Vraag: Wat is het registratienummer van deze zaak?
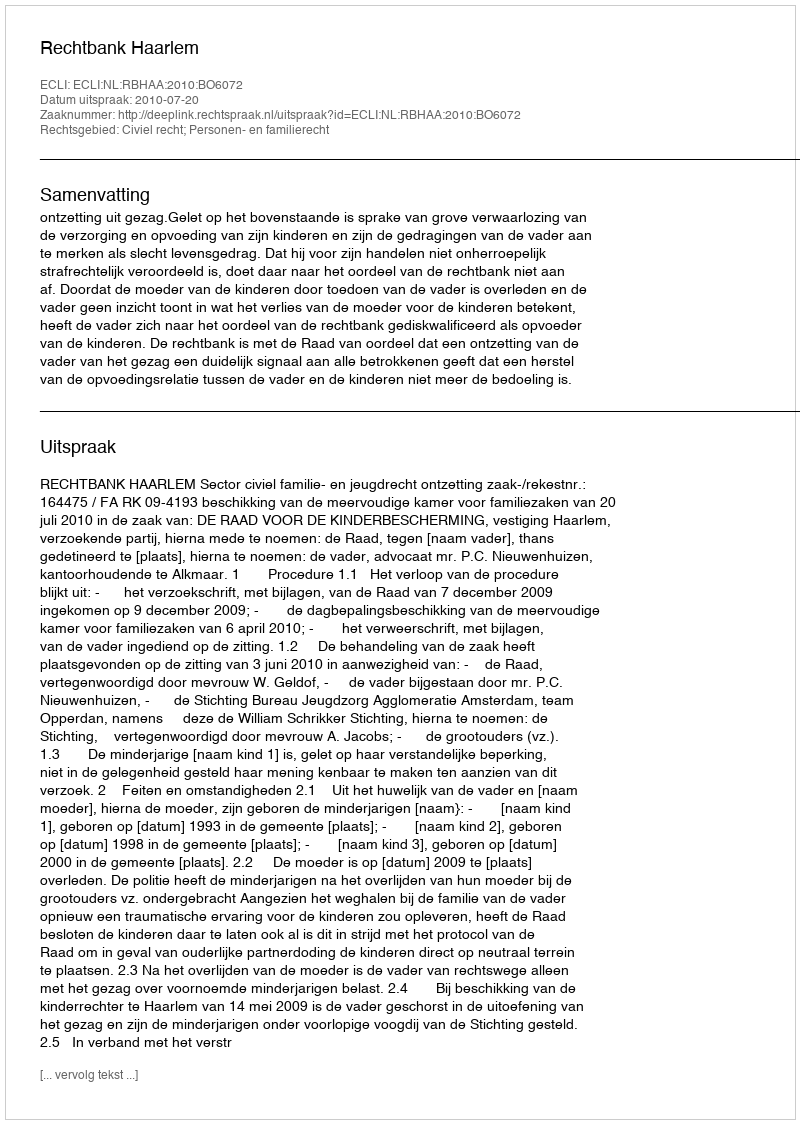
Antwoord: http://deeplink.rechtspraak.nl/uitspraak?id=ECLI:NL:RBHAA:2010:BO6072